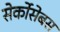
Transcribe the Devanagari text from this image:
सेर्कोसेबस